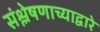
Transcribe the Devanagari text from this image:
संश्लेषणाच्याद्वारे